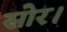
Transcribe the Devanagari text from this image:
सोर।